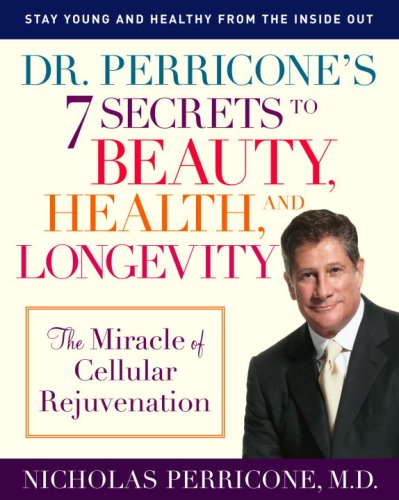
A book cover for Dr. Perricone's 7 Secrets to Beauty, Health, and Longevity: The Miracle of Cellular Rejuvenation; Nicholas Perricone M.D.; Health, Fitness & Dieting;